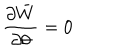
LaTeX: \frac { \partial \bar { W } } { \partial \theta } = 0